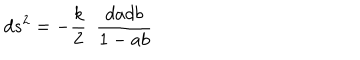
d s ^ { 2 } = - \frac { k } { 2 } \ \ \frac { d a d b } { 1 - a b }